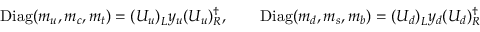
\mathrm { D i a g } ( m _ { u } , m _ { c } , m _ { t } ) = ( U _ { u } ) _ { L } ^ { \phantom { \dagger } } y _ { u } ( U _ { u } ) _ { R } ^ { \dagger } , \qquad \mathrm { D i a g } ( m _ { d } , m _ { s } , m _ { b } ) = ( U _ { d } ) _ { L } ^ { \phantom { \dagger } } y _ { d } ( U _ { d } ) _ { R } ^ { \dagger }